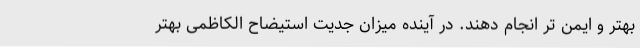
بهتر و ایمن تر انجام دهند. در آینده میزان جدیت استیضاح الکاظمی بهتر